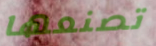
تصنعها